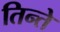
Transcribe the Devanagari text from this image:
तिन्ते